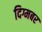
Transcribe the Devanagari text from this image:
दिग्मबर